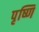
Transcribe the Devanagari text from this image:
पृष्णि